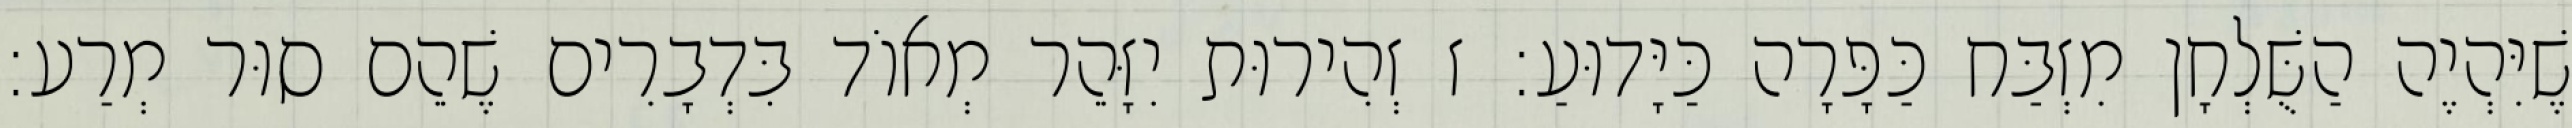
שֶׁיִּהְיֶה הַשֻּׁלְחָן מִזְבַּח כַּפָּרָה כַּיָּדוּעַ: ז זְהִירוּת יִזָּהֵר מְאוֹד בִּדְבָרִים שֶׁהֵם סוּר מְרַע: